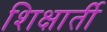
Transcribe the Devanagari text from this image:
शिक्षार्ती